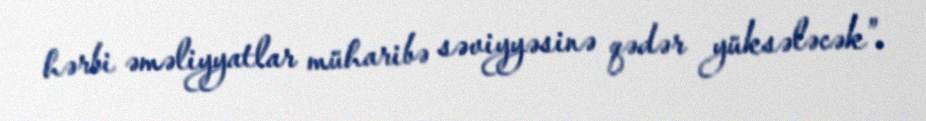
hərbi əməliyyatlar müharibə səviyyəsinə qədər yüksələcək”.